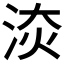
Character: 𣵩